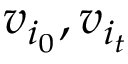
v _ { i _ { 0 } } , v _ { i _ { t } }